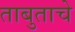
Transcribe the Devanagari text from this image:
ताबुताचे